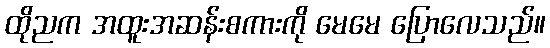
ထိုညက အထူးအဆန်းစကားကို မေမေ ပြောလေသည်။